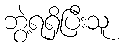
ဘွဲ့ရရှိပြီးသူ